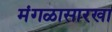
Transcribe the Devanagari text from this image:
मंगळासारखा